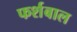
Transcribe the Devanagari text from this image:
फर्शबाल